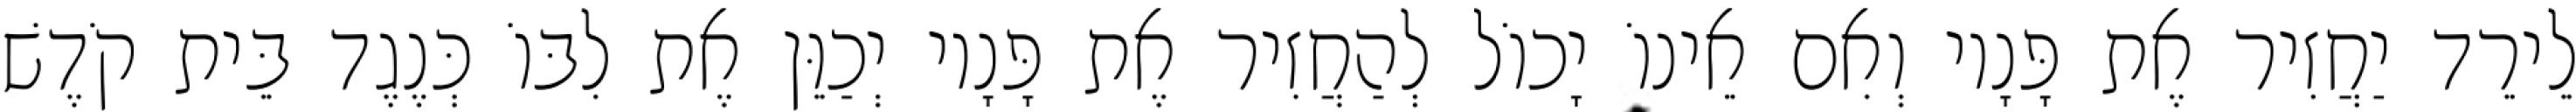
לֵירֵד יַחֲזִיר אֶת פָּנָיו וְאִם אֵינוֹ יָכוֹל לְהַחֲזִיר אֶת פָּנָיו יְכַוֵּן אֶת לִבּוֹ כְּנֶגֶד בֵּית קֹדֶשׁ